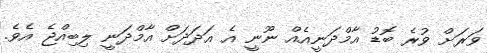
ވަރަށް ވުރެ ބޮޑު އާމްދަނީއެއް ނޫނީ އެ އަދަދަށް އާމްދަނީ ލިބިއްޖެ އެވެ.